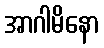
အာဂါမိနော